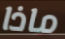
ماذا